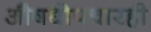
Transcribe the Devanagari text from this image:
औषधोपचारही